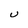
Character: U